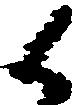
候